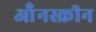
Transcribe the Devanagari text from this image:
ऑंनस्क्रीन